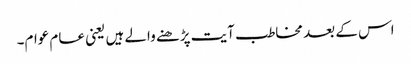
اس کے بعد مخاطب آیت پڑھنے والے ہیں یعنی عام عوام۔